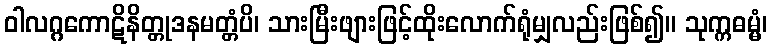
ဝါလဂ္ဂကောဋိနိတ္တုဒနမတ္တံပိ၊ သားမြီးဖျားဖြင့်ထိုးလောက်ရုံမျှလည်းဖြစ်၍။ သုက္ကဓမ္မံ၊